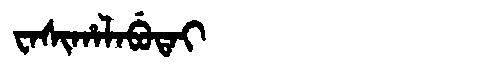
Manchu: ᠸᠠᠰᡳᡥᠠᠯᠠᠪᡠᡨᠠᡳ
Romanization: WASIHALABUTAI